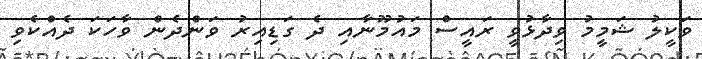
ވަކީލު ޝަމީމު ވިދާޅުވީ ރައީސް މައުމޫނާއި ދެ ގަޑިއިރު ވަންދެން ވާހަކަ ދެއްކެވި